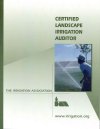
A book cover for Certified Landscape Irrigation Auditor; Irrigation Association Certification Board; Science & Math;